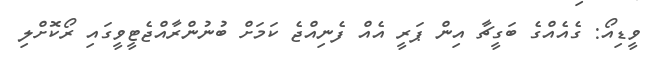
ވީޑިއޯ: ގެއެއްގެ ބަގީޗާ އިން ޕަރީ އެއް ފެނިއްޖެ ކަމަށް ބުނުންރާއްޖެޓީވީގައި ރޯކޮށްލި